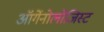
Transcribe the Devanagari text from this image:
ऑर्गेनोलोजिस्ट